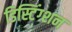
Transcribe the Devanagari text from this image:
डिस्टिंग्शन